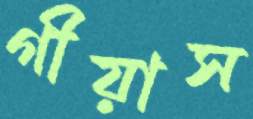
গীয়াস